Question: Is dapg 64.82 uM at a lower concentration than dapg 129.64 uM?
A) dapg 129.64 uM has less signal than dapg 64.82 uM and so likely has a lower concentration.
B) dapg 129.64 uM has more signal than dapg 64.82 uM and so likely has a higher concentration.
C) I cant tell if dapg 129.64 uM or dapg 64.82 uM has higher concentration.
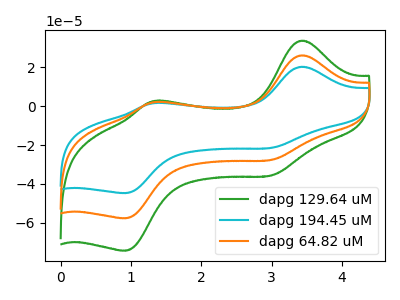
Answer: <think>The green curve "dapg 129.64 uM" has anodic peaks at (3.45V, 33.80uA) (1.30V, 2.60uA) and cathodic peaks at (3.00V, -35.75uA) (0.90V, -74.50uA). The cyan curve "dapg 194.45 uM" has anodic peaks at (3.45V, 52.45uA) (1.30V, 4.00uA) and cathodic peaks at (3.00V, -55.45uA) (0.90V, -115.55uA). The orange curve "dapg 64.82 uM" has anodic peaks at (3.45V, 26.20uA) (1.30V, 2.00uA) and cathodic peaks at (3.00V, -27.70uA) (0.90V, -57.75uA).
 All the peaks in "dapg 129.64 uM" have a peak in "dapg 64.82 uM" at the same potential. Every peak in "dapg 129.64 uM" is higher than every peak in "dapg 64.82 uM".</think>
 <answer>B) "dapg 129.64 uM" has more signal than "dapg 64.82 uM" and so likely has a higher concentration.</answer>
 <eval>B</eval>